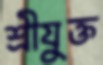
শ্রীযুক্ত